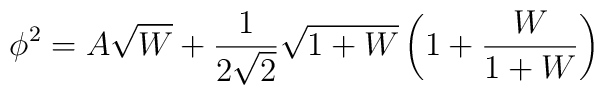
\phi^2 = A \sqrt{W} + \frac{1}{2 \sqrt{2}} \sqrt{1+W} \left ( 1+\frac{W}{1+W} \right)